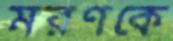
মরণকে